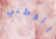
الوطني